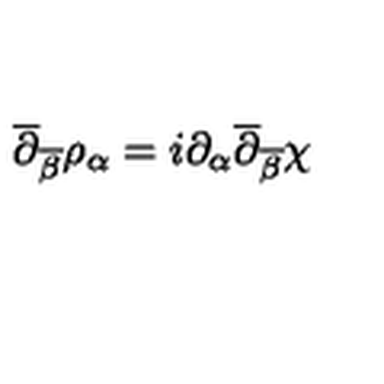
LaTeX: \overline { { \partial } } _ { \overline { { \beta } } } \rho _ { \alpha } = i \partial _ { \alpha } \overline { { \partial } } _ { \overline { { \beta } } } \chi